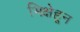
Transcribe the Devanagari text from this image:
भिक्षेहून